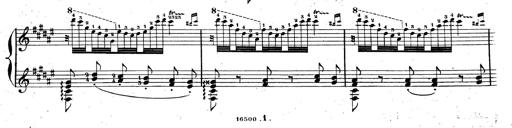
Title: AnnÃ©es de pÃ¨lerinage II, SupplÃ©ment
Composer: Franz Liszt